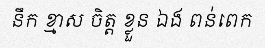
នឹក ខ្មាស ចិត្ត ខ្លួន ឯង ពន់ពេក